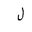
Letter: _lam